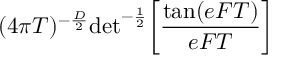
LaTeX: ( 4 \pi T ) ^ { - { \frac { D } { 2 } } } \mathrm { d e t } ^ { - { \frac { 1 } { 2 } } } \biggl [ { \frac { \mathrm { t a n } ( e F T ) } { e F T } } \biggr ] \quad \,